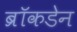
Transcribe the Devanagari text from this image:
ब्रॉकडेन